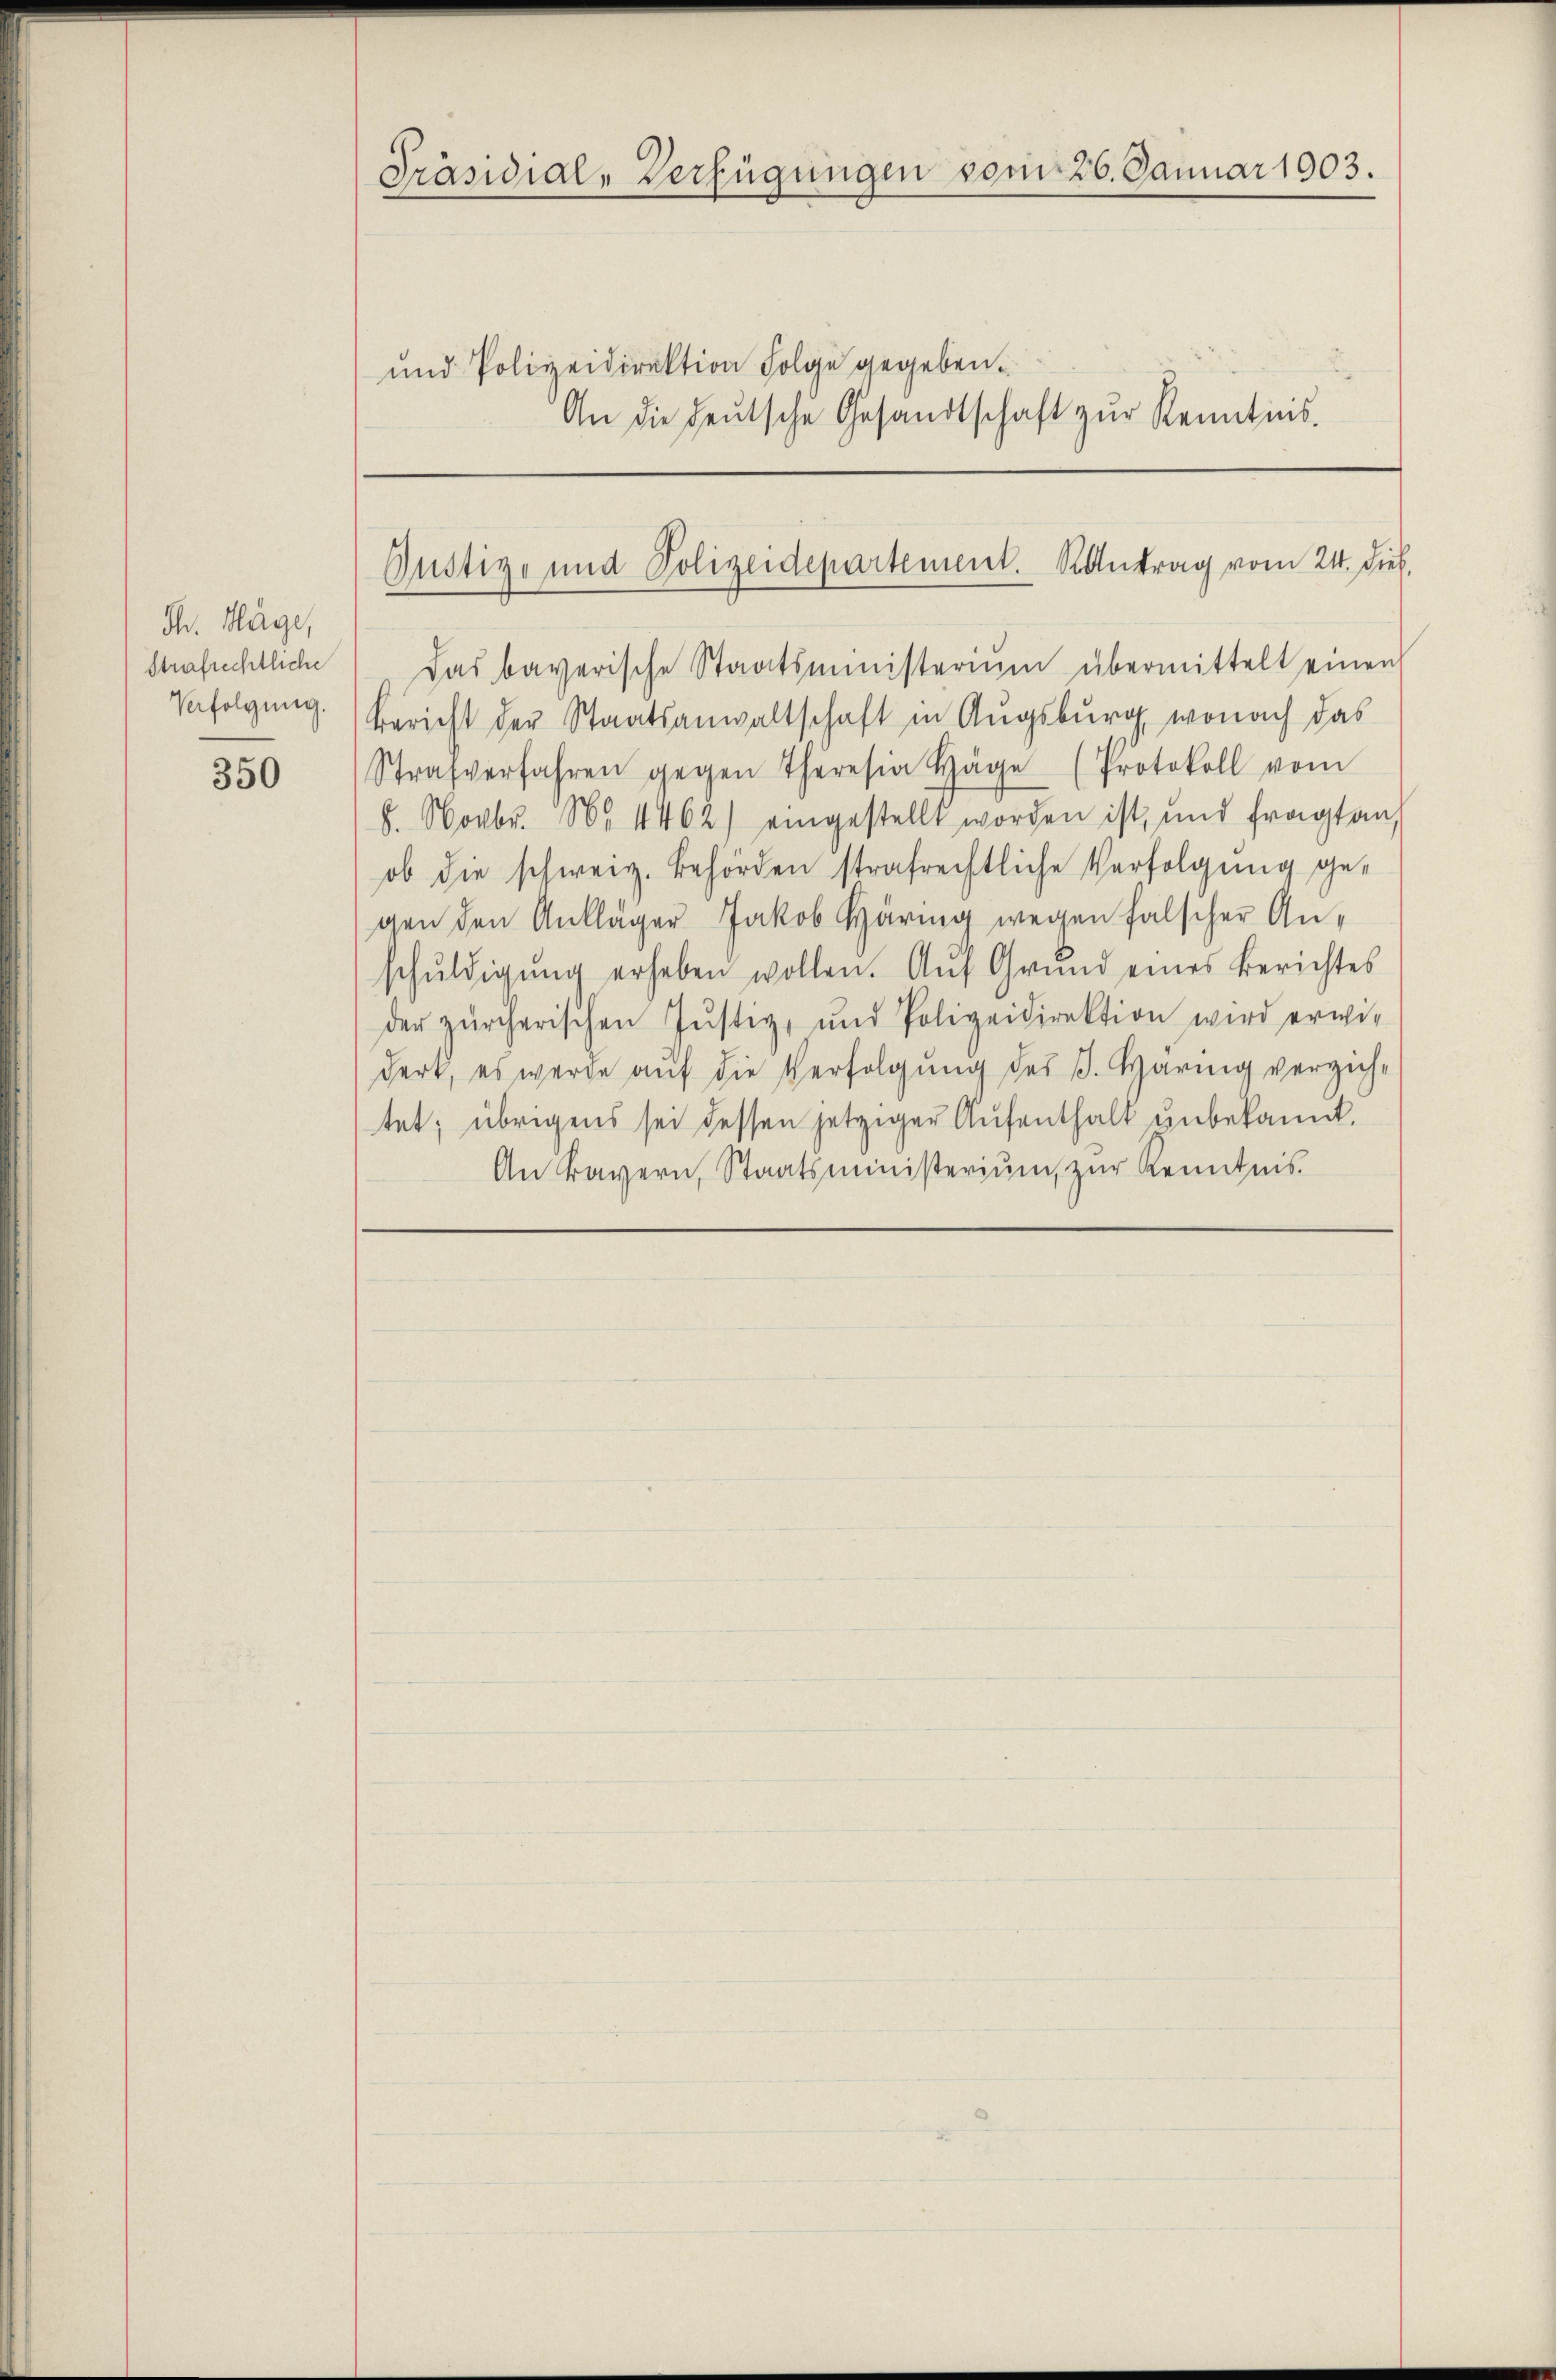
dh. Häge,
Strafrechtliche
Verfolgung.

350

Präsidial-Verfügungen vom 26. Januar 1903.

und Polizeidirektion Folge gegeben.
An die deŭtsche Gesandtschaft zŭr Kenntnis.

Das bayerische Staatsministerium übermittelt einen
Bericht der Staatsanwaltschaft in Augsburg, wonach das
Strafverfahren gegen Theresia Häge (Protokoll vom
8. Novbr. No. 1462) eingestellt worden ist, und fragt an
ob die schweiz. Behörden strafrechtliche Verfolgung gegen den Ankläger Jakob Härig wegen falscher Anschŭldigung erheben wollen. Auf Grund eines Berichtes
der zürcherischen Jŭstiz- und Polizeidirektion wird erwi-
Derk, es werde auf die Verfolgung des B. Haring verzichtet; übrigens sei dessen jetziger Aufenthalt unbekannt.
An Bayern, Staatsministeriŭm zŭr Kenntnis.

Pustiz und Polizeidepartement. Kontrag vom 24. Dieb.